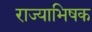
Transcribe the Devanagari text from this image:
राज्याभिषक